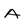
Character: A